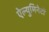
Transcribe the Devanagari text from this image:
ऐल्युमिनेटों